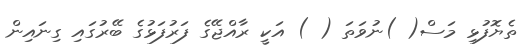
ތެޔޮފުޅި މަސް( )ނުވަތަ ( ) އަކީ ރާއްޖޭގެ ފަރުފަޅުގެ ބޭރުގައި ގިނައިން